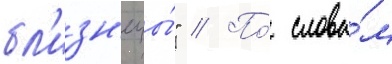
бл'изн'ецы́" // По́ слова́м